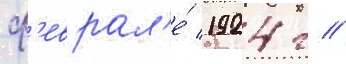
ф'еврал'е́ 1924 г //